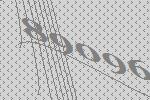
89096